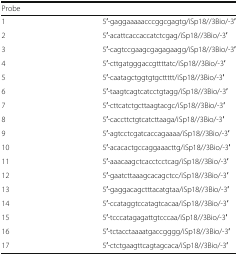
<table><thead><tr><td colspan="2"><b>Probe</b></td></tr></thead><tbody><tr><td>1</td><td>5′-gaggaaaaacccggcgagtg/iSp18//3Bio/-3′</td></tr><tr><td>2</td><td>5′-acattcaccaccatctcgag/iSp18//3Bio/-3′</td></tr><tr><td>3</td><td>5′-cagtccgaagcgagagaagg/iSp18//3Bio/-3′</td></tr><tr><td>4</td><td>5′-cttgatgggaccgttttatc/iSp18//3Bio/-3′</td></tr><tr><td>5</td><td>5′-caatagctggtgtgcttttt/iSp18//3Bio/-3′</td></tr><tr><td>6</td><td>5′-taagtcagtcatcctgtagg/iSp18//3Bio/-3′</td></tr><tr><td>7</td><td>5′-cttcatctgcttaagtacgc/iSp18//3Bio/-3′</td></tr><tr><td>8</td><td>5′-caccttctgtcatcttaaga/iSp18//3Bio/-3′</td></tr><tr><td>9</td><td>5′-agtcctcgatcaccagaaaa/iSp18//3Bio/-3′</td></tr><tr><td>10</td><td>5′-acacactgccaggaaacttg/iSp18//3Bio/-3′</td></tr><tr><td>11</td><td>5′-aaacaagctcacctcctcag/iSp18//3Bio/-3′</td></tr><tr><td>12</td><td>5′-gaatcttaaagcacagctcc/iSp18//3Bio/-3′</td></tr><tr><td>13</td><td>5′-gaggacagctttacatgtaa/iSp18//3Bio/-3′</td></tr><tr><td>14</td><td>5′-ccataggtccatagtcacaa/iSp18//3Bio/-3′</td></tr><tr><td>15</td><td>5′-tcccatagagattgtcccaa/iSp18//3Bio/-3′</td></tr><tr><td>16</td><td>5′-tctacctaaaatgaccgggg/iSp18//3Bio/-3′</td></tr><tr><td>17</td><td>5′-ctctgaagttcagtagcaca/iSp18//3Bio/-3′</td></tr></tbody></table>